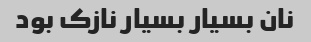
نان بسیار بسیار نازک بود